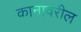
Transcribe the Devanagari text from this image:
कानावरील